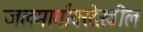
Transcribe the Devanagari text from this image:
जलमार्गावरदेखील